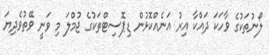
ލޯނުތަކުގެ ވާހަކަ ދައްކާ އިރު އަނެއްކޮޅުން ޑިޕޮސިޓްތަކުގެ ޖުމްލަ މި ވަނީ ވޭތުވެދިޔަ